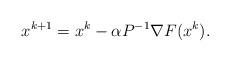
LaTeX: \begin{align*}x^{k+1}&=x^k-\alpha P^{-1}\nabla F(x^k).\end{align*}